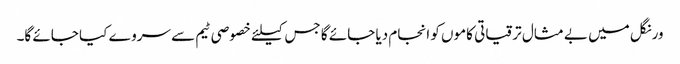
ورنگل میں بے مثال ترقیاتی کاموں کو انجام دیا جائے گا جس کیلئے خصوصی ٹیم سے سروے کیا جائے گا۔